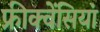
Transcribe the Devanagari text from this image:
फ्रीक्वेंसियां